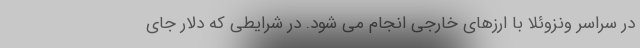
در سراسر ونزوئلا با ارزهای خارجی انجام می شود. در شرایطی که دلار جای